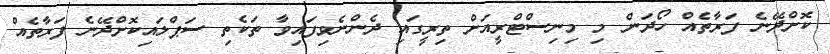
ކޮށްދޭނެ ފަރާތެއް ހޯދަން މި މިނިސްޓްރީއަށް ތިރީގައި ދެންނެވިފައިވާ ތަކެތި ސަޕްލައިކޮށްދޭނެ ފަރާތެއް